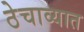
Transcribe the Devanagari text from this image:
ठेचाव्यात